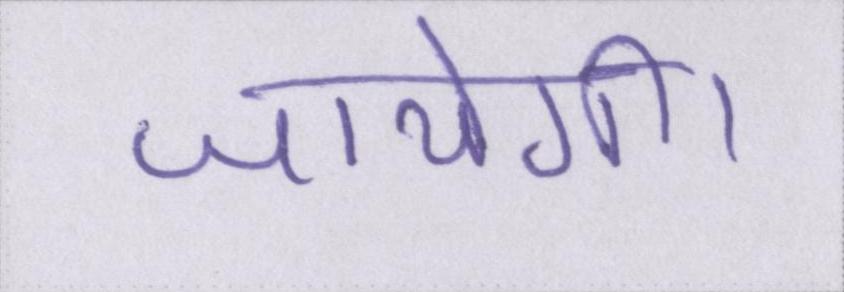
जायेगी।